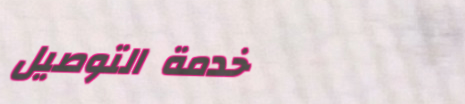
خدمة التوصيل